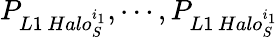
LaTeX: P_{L1\, Halo_{S}^{i_{1}}},\cdots,P_{L1\, Halo_{S}^{i_{1}}}